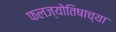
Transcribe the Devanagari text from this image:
फलज्योतिषाच्या